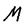
Character: M